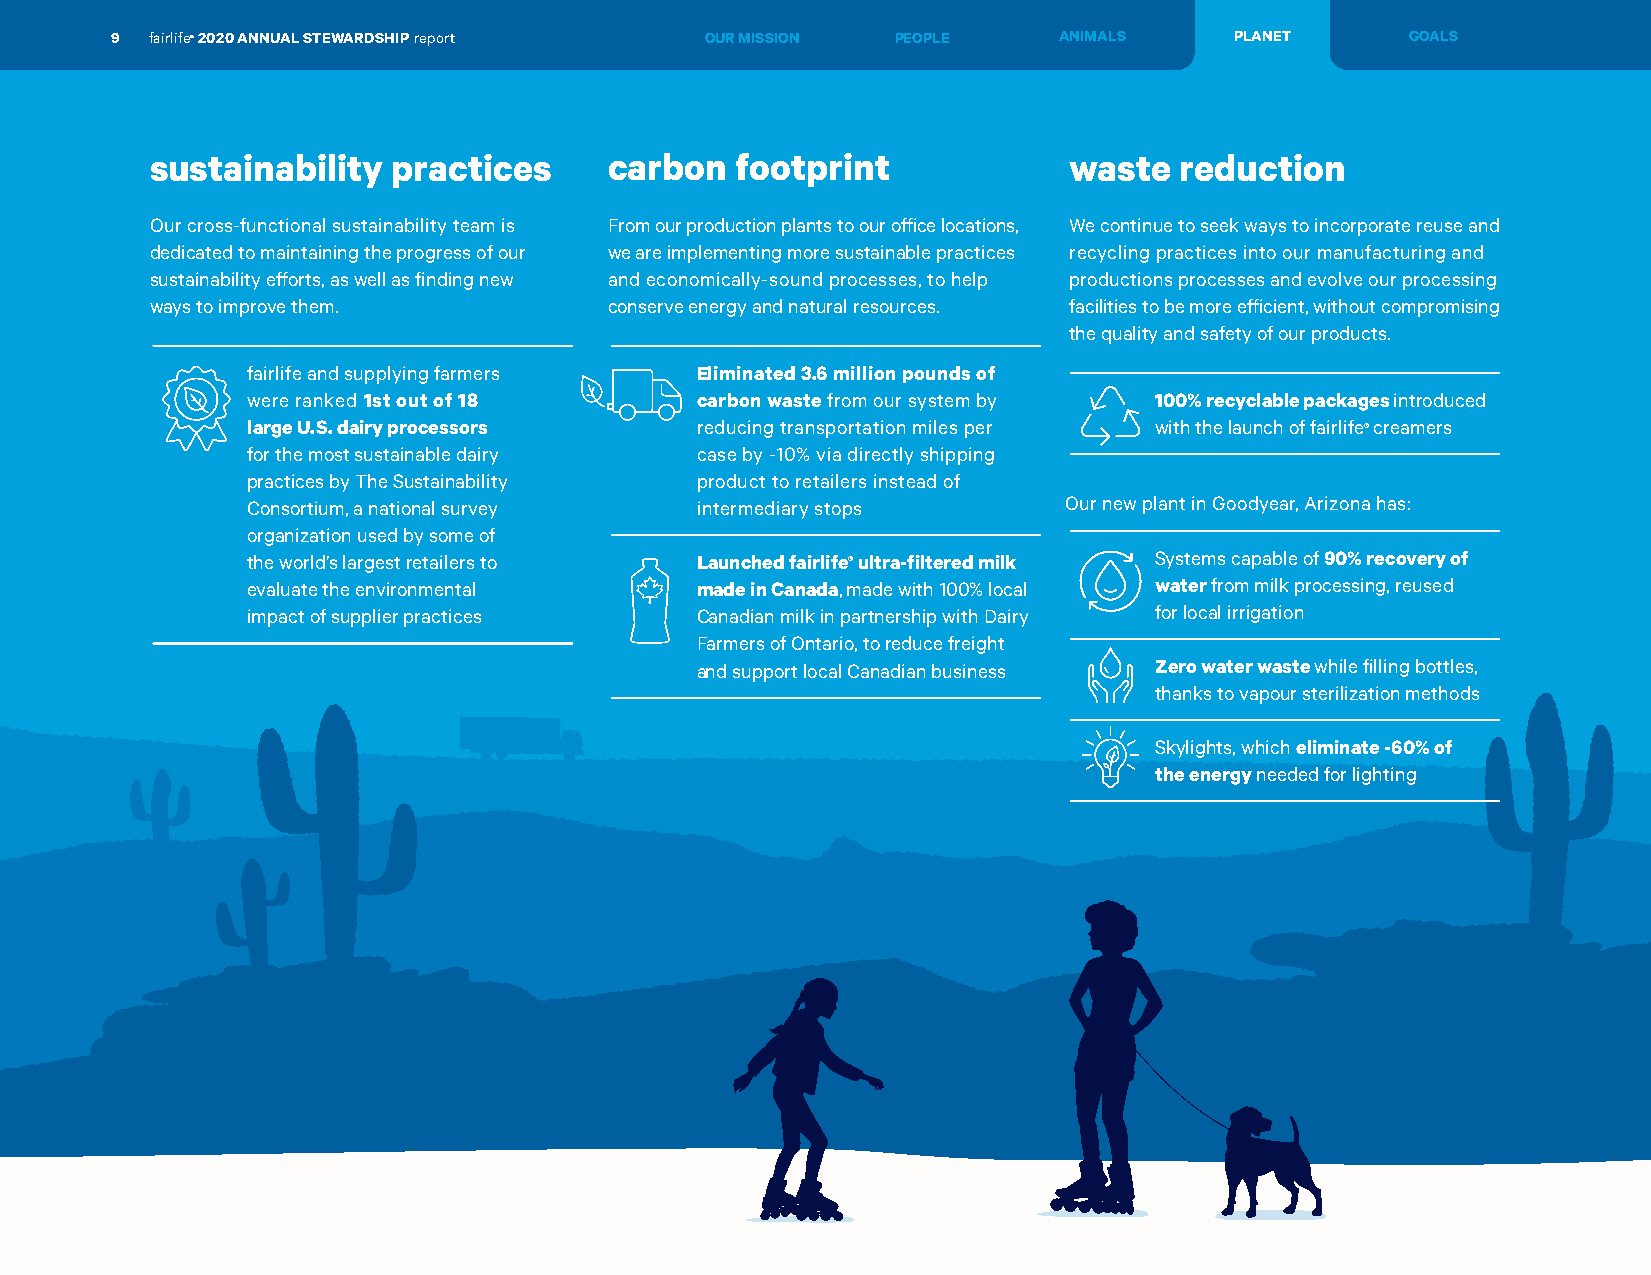
9  fairlife® 2020 ANNUAL STEWARDSHIP report OUR MISSION PEOPLE ANIMALS     PLANET     GOALS
 sustainability  practices     carbon   footprint             waste  reduction
 Our cross-functional sustainability team is From our production plants to our office locations, We continue to seek ways to incorporate reuse and
 dedicated to maintaining the progress of our we are implementing more sustainable practices recycling practices into our manufacturing and
 sustainability efforts, as well as finding new and economically-sound processes, to help productions processes and evolve our processing
 ways to improve them.         conserve energy and natural resources. facilities to be more efficient, without compromising
 the quality and safety of our products.
 fairlife and supplying farmers Eliminated 3.6 million pounds of
 were ranked 1st out of 18     carbon waste from our system by 100% recyclable packages introduced
 large U.S. dairy processors   reducing transportation miles per with the launch of fairlife® creamers
 for the most sustainable dairy case by -10% via directly shipping
 practices by The Sustainability product to retailers instead of
 Consortium, a national survey intermediary stops      Our new plant in Goodyear, Arizona has:
 organization used by some of
 the world’s largest retailers to Launched fairlife® ultra-filtered milk Systems capable of 90% recovery of
 evaluate the environmental    made in Canada, made with 100% local water from milk processing, reused
 impact of supplier practices  Canadian milk in partnership with Dairy for local irrigation
 Farmers of Ontario, to reduce freight
 and support local Canadian business Zero water waste while filling bottles,
 thanks to vapour sterilization methods
 Skylights, which eliminate -60% of
 the energy needed for lighting